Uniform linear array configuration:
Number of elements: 4
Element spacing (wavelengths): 0.25
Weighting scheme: exponential
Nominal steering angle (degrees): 0
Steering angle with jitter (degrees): -1.287
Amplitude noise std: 0.05
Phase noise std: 0.05

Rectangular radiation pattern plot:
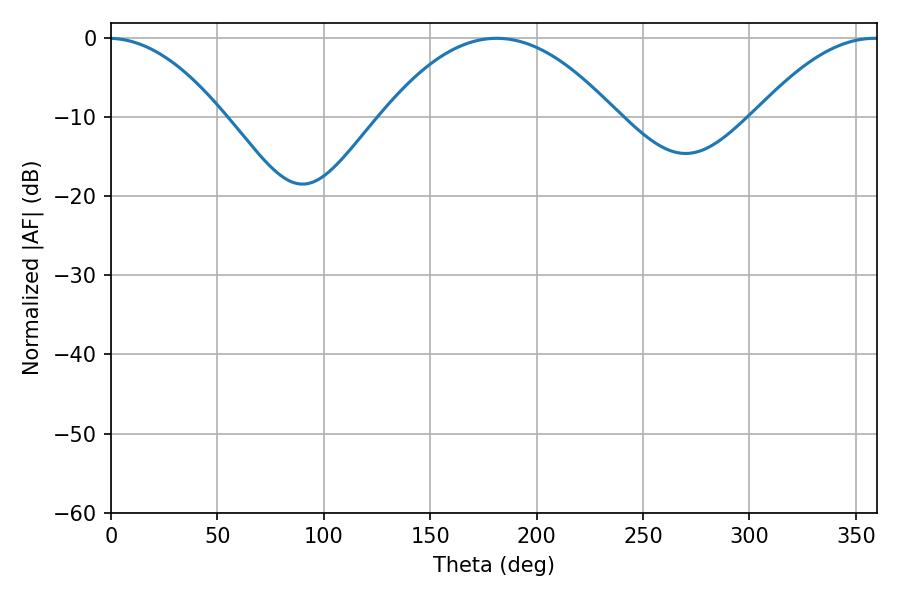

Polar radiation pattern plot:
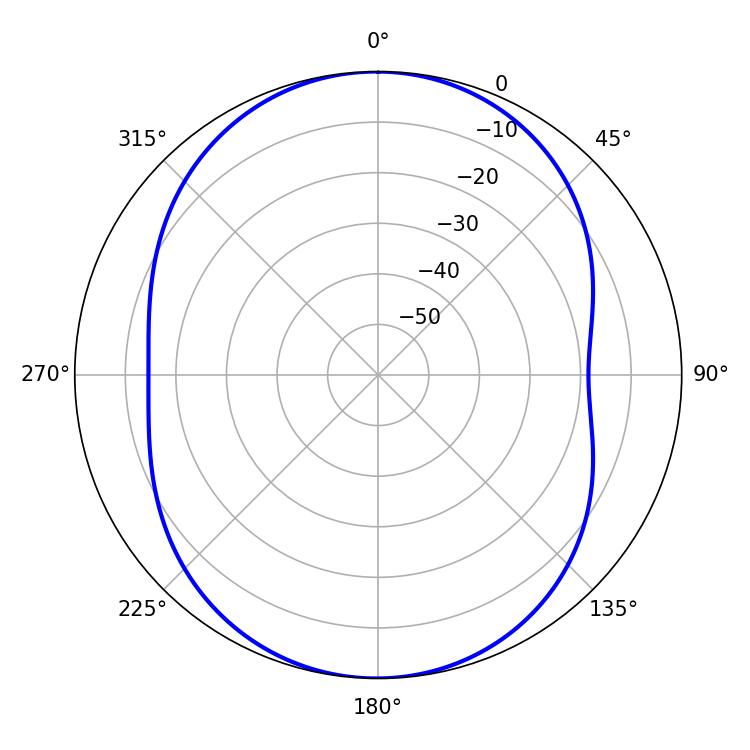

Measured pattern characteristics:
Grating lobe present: FALSE
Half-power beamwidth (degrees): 60.48
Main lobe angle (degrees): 181.26